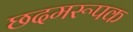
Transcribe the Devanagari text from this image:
छदमरूपक